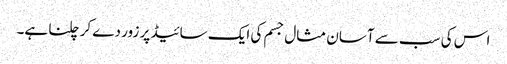
اس کی سب سے آسان مثال جسم کی ایک سائیڈ پر زور دے کر چلنا ہے۔